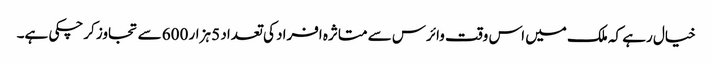
خیال رہے کہ ملک میں اس وقت وائرس سے متاثرہ افراد کی تعداد 5 ہزار 600 سے تجاوز کرچکی ہے۔